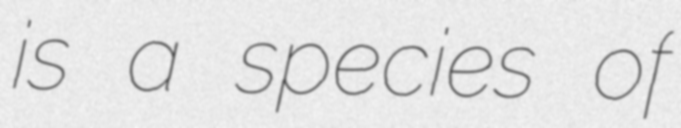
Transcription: is a species of